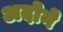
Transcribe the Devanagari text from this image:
अदोने